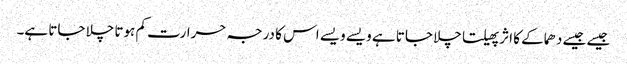
جیسے جیسے دھماکے کا اثر پھیلتا چلا جاتا ہے ویسے ویسے اس کا درجہ حرارت کم ہوتا چلا جاتا ہے۔